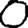
Digit: 0